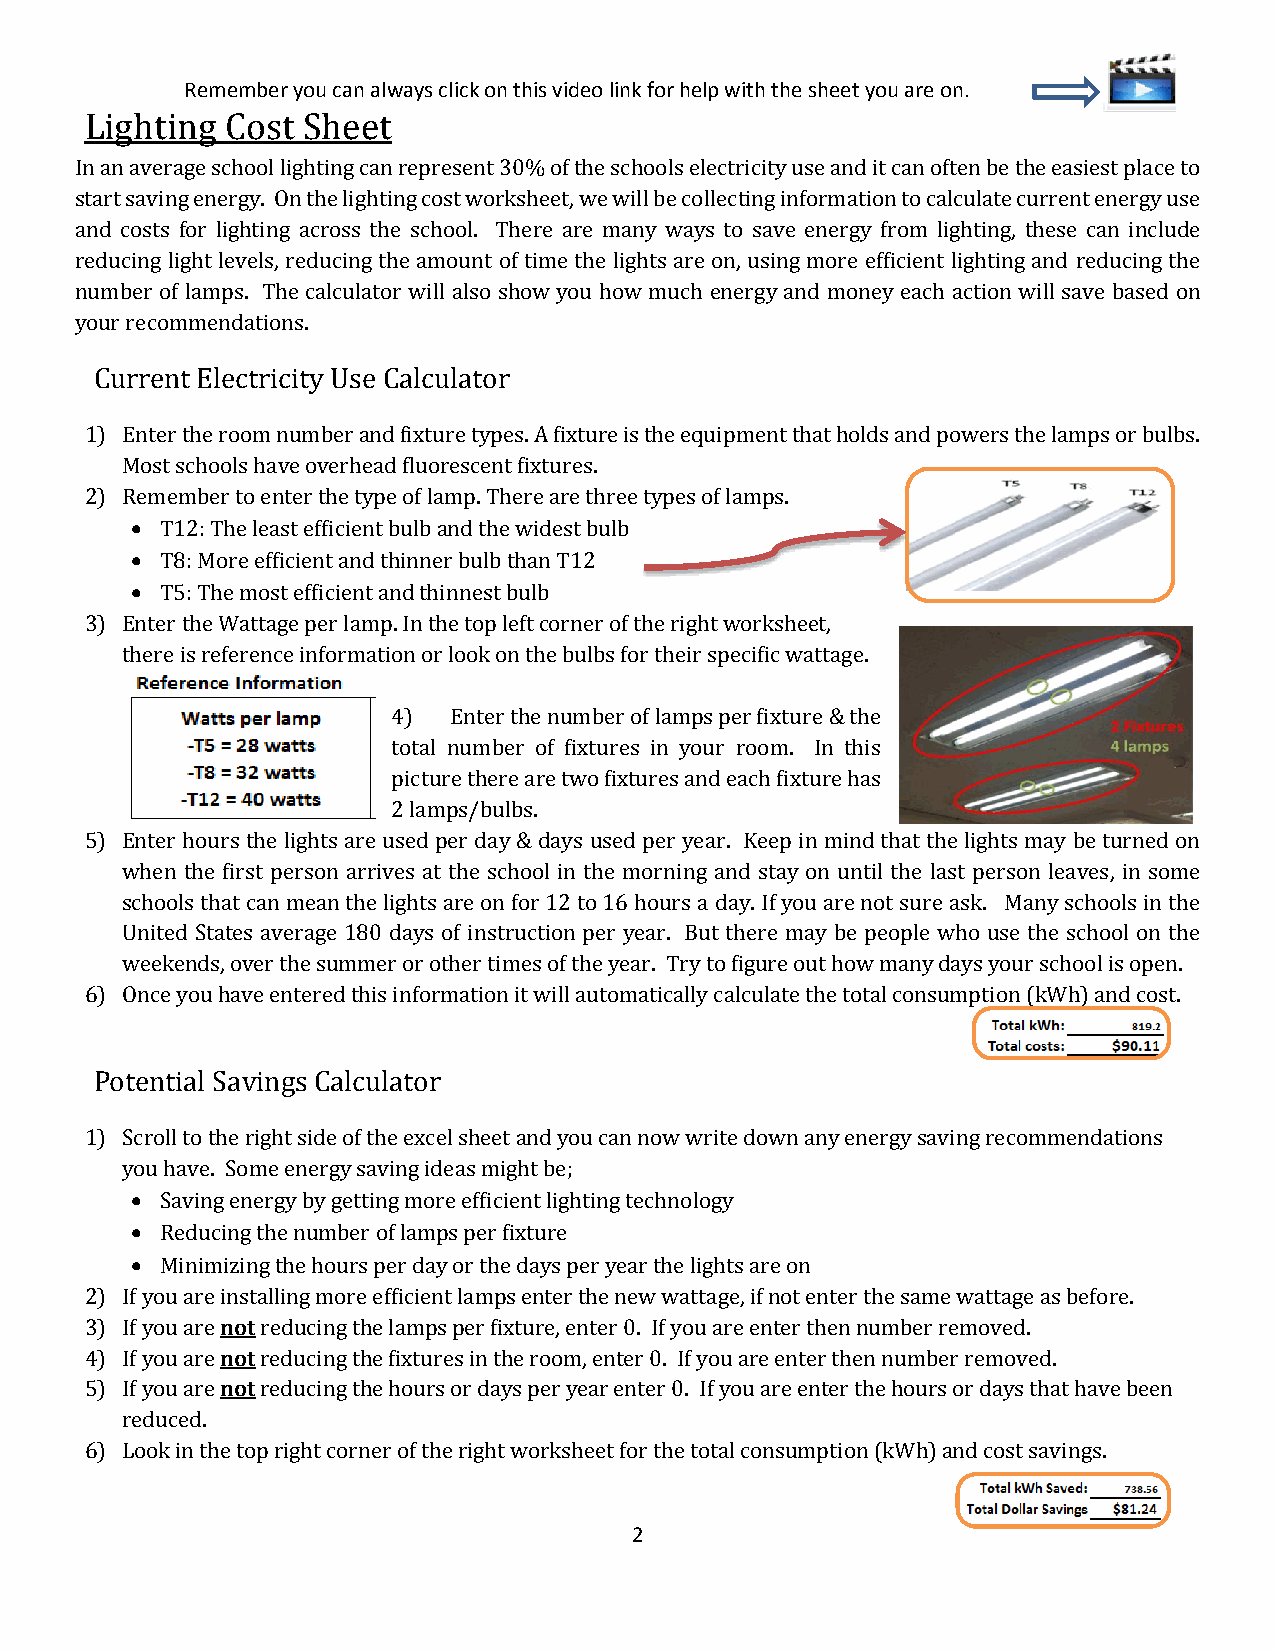
Remember you can always click on this video link for help with the sheet you are on.
 Lighting Cost Sheet
 In an average school lighting can represent 30% of the schools electricity use and it can often be the easiest place to
 start saving energy. On the lighting cost worksheet, we will be collecting information to calculate current energy use
 and costs for lighting across the school. There are many ways to save energy from lighting, these can include
 reducing light levels, reducing the amount of time the lights are on, using more efficient lighting and reducing the
 number of lamps. The calculator will also show you how much energy and money each action will save based on
 your recommendations.
 Current Electricity Use Calculator
 1) Enter the room number and fixture types. A fixture is the equipment that holds and powers the lamps or bulbs.
 Most schools have overhead fluorescent fixtures.
 2) Remember to enter the type of lamp. There are three types of lamps.
  T12: The least efficient bulb and the widest bulb
  T8: More efficient and thinner bulb than T12
  T5: The most efficient and thinnest bulb
 3) Enter the Wattage per lamp. In the top left corner of the right worksheet,
 there is reference information or look on the bulbs for their specific wattage.
 4)  Enter the number of lamps per fixture & the
 total number of fixtures in your room. In this
 picture there are two fixtures and each fixture has
 2 lamps/bulbs.
 5) Enter hours the lights are used per day & days used per year. Keep in mind that the lights may be turned on
 when the first person arrives at the school in the morning and stay on until the last person leaves, in some
 schools that can mean the lights are on for 12 to 16 hours a day. If you are not sure ask. Many schools in the
 United States average 180 days of instruction per year. But there may be people who use the school on the
 weekends, over the summer or other times of the year. Try to figure out how many days your school is open.
 6) Once you have entered this information it will automatically calculate the total consumption (kWh) and cost.
 Potential Savings Calculator
 1) Scroll to the right side of the excel sheet and you can now write down any energy saving recommendations
 you have. Some energy saving ideas might be;
  Saving energy by getting more efficient lighting technology
  Reducing the number of lamps per fixture
  Minimizing the hours per day or the days per year the lights are on
 2) If you are installing more efficient lamps enter the new wattage, if not enter the same wattage as before.
 3) If you are not reducing the lamps per fixture, enter 0. If you are enter then number removed.
 4) If you are not reducing the fixtures in the room, enter 0. If you are enter then number removed.
 5) If you are not reducing the hours or days per year enter 0. If you are enter the hours or days that have been
 reduced.
 6) Look in the top right corner of the right worksheet for the total consumption (kWh) and cost savings.
 2